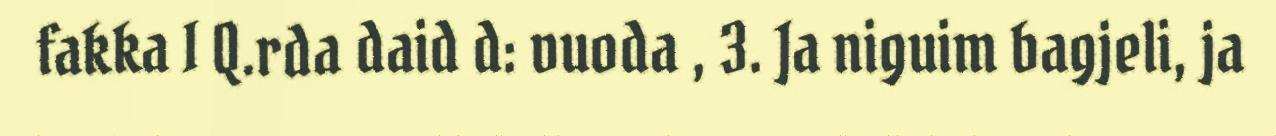
fakka I Q.rda daid d: vuoda , 3. Ja niguim bagjeli, ja